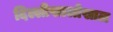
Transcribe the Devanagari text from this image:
दिल्लीखालोखाल